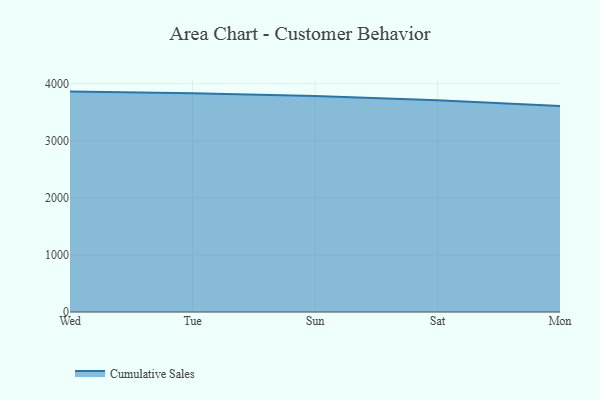
{"axis": {"x": "Day", "y": "Temperature (°C)"}, "legend": ["Cumulative Sales"], "data": [{"x": "Wed", "y": 3862.7, "type": "Cumulative Sales"}, {"x": "Tue", "y": 3835.6, "type": "Cumulative Sales"}, {"x": "Sun", "y": 3786.4, "type": "Cumulative Sales"}, {"x": "Sat", "y": 3712.9, "type": "Cumulative Sales"}, {"x": "Mon", "y": 3610.7, "type": "Cumulative Sales"}]}